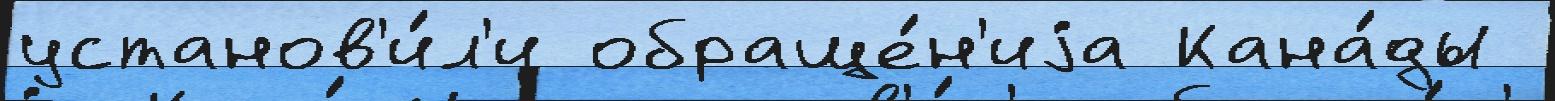
установ'и́л'и обраще́н'иjа Кана́ды